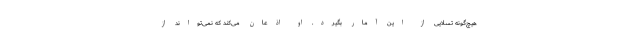
هیچ‌گونه تسلایی از این آمار بگیرد. او اذعان می‌کند که نمی‌تواند از